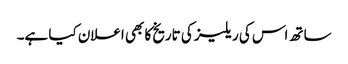
ساتھ اس کی ریلیز کی تاریخ کا بھی اعلان کیا ہے۔